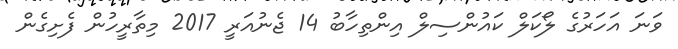
ވަނަ އަހަރުގެ ލޯކަލް ކައުންސިލް އިންތިހާބު 14 ޖެނުއަރީ 2017 މިތާރީހުން ފެށިގެން